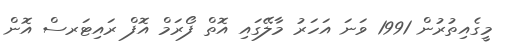
މީގެއިތުރުން 1991 ވަނަ އަހަރު މާލޭގައި އޮތް ފޯރަމް އޮފް ރައިޓަރސް އޮން